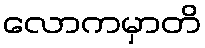
လောကမှာတိ